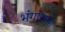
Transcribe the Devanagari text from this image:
भंगाराचा